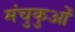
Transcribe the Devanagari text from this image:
मंचुकुओं